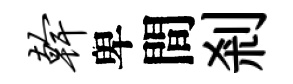
干卑間剎